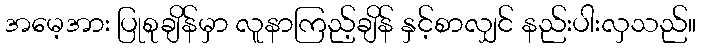
အမေ့အား ပြုစုချိန်မှာ လူနာကြည့်ချိန် နှင့်စာလျှင် နည်းပါးလှသည်။